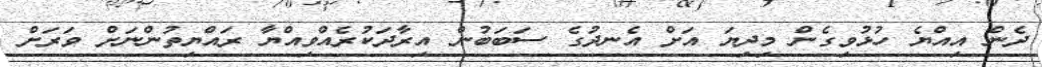
ދެން އިއްޔެ ހުޅުވިގެން މިދިޔަ އަށް އެނދުގެ ސަބަބުން އިރާދަކުރެއްވިއްޔާ ރައްޔިތުންނަށް ވަރަށް